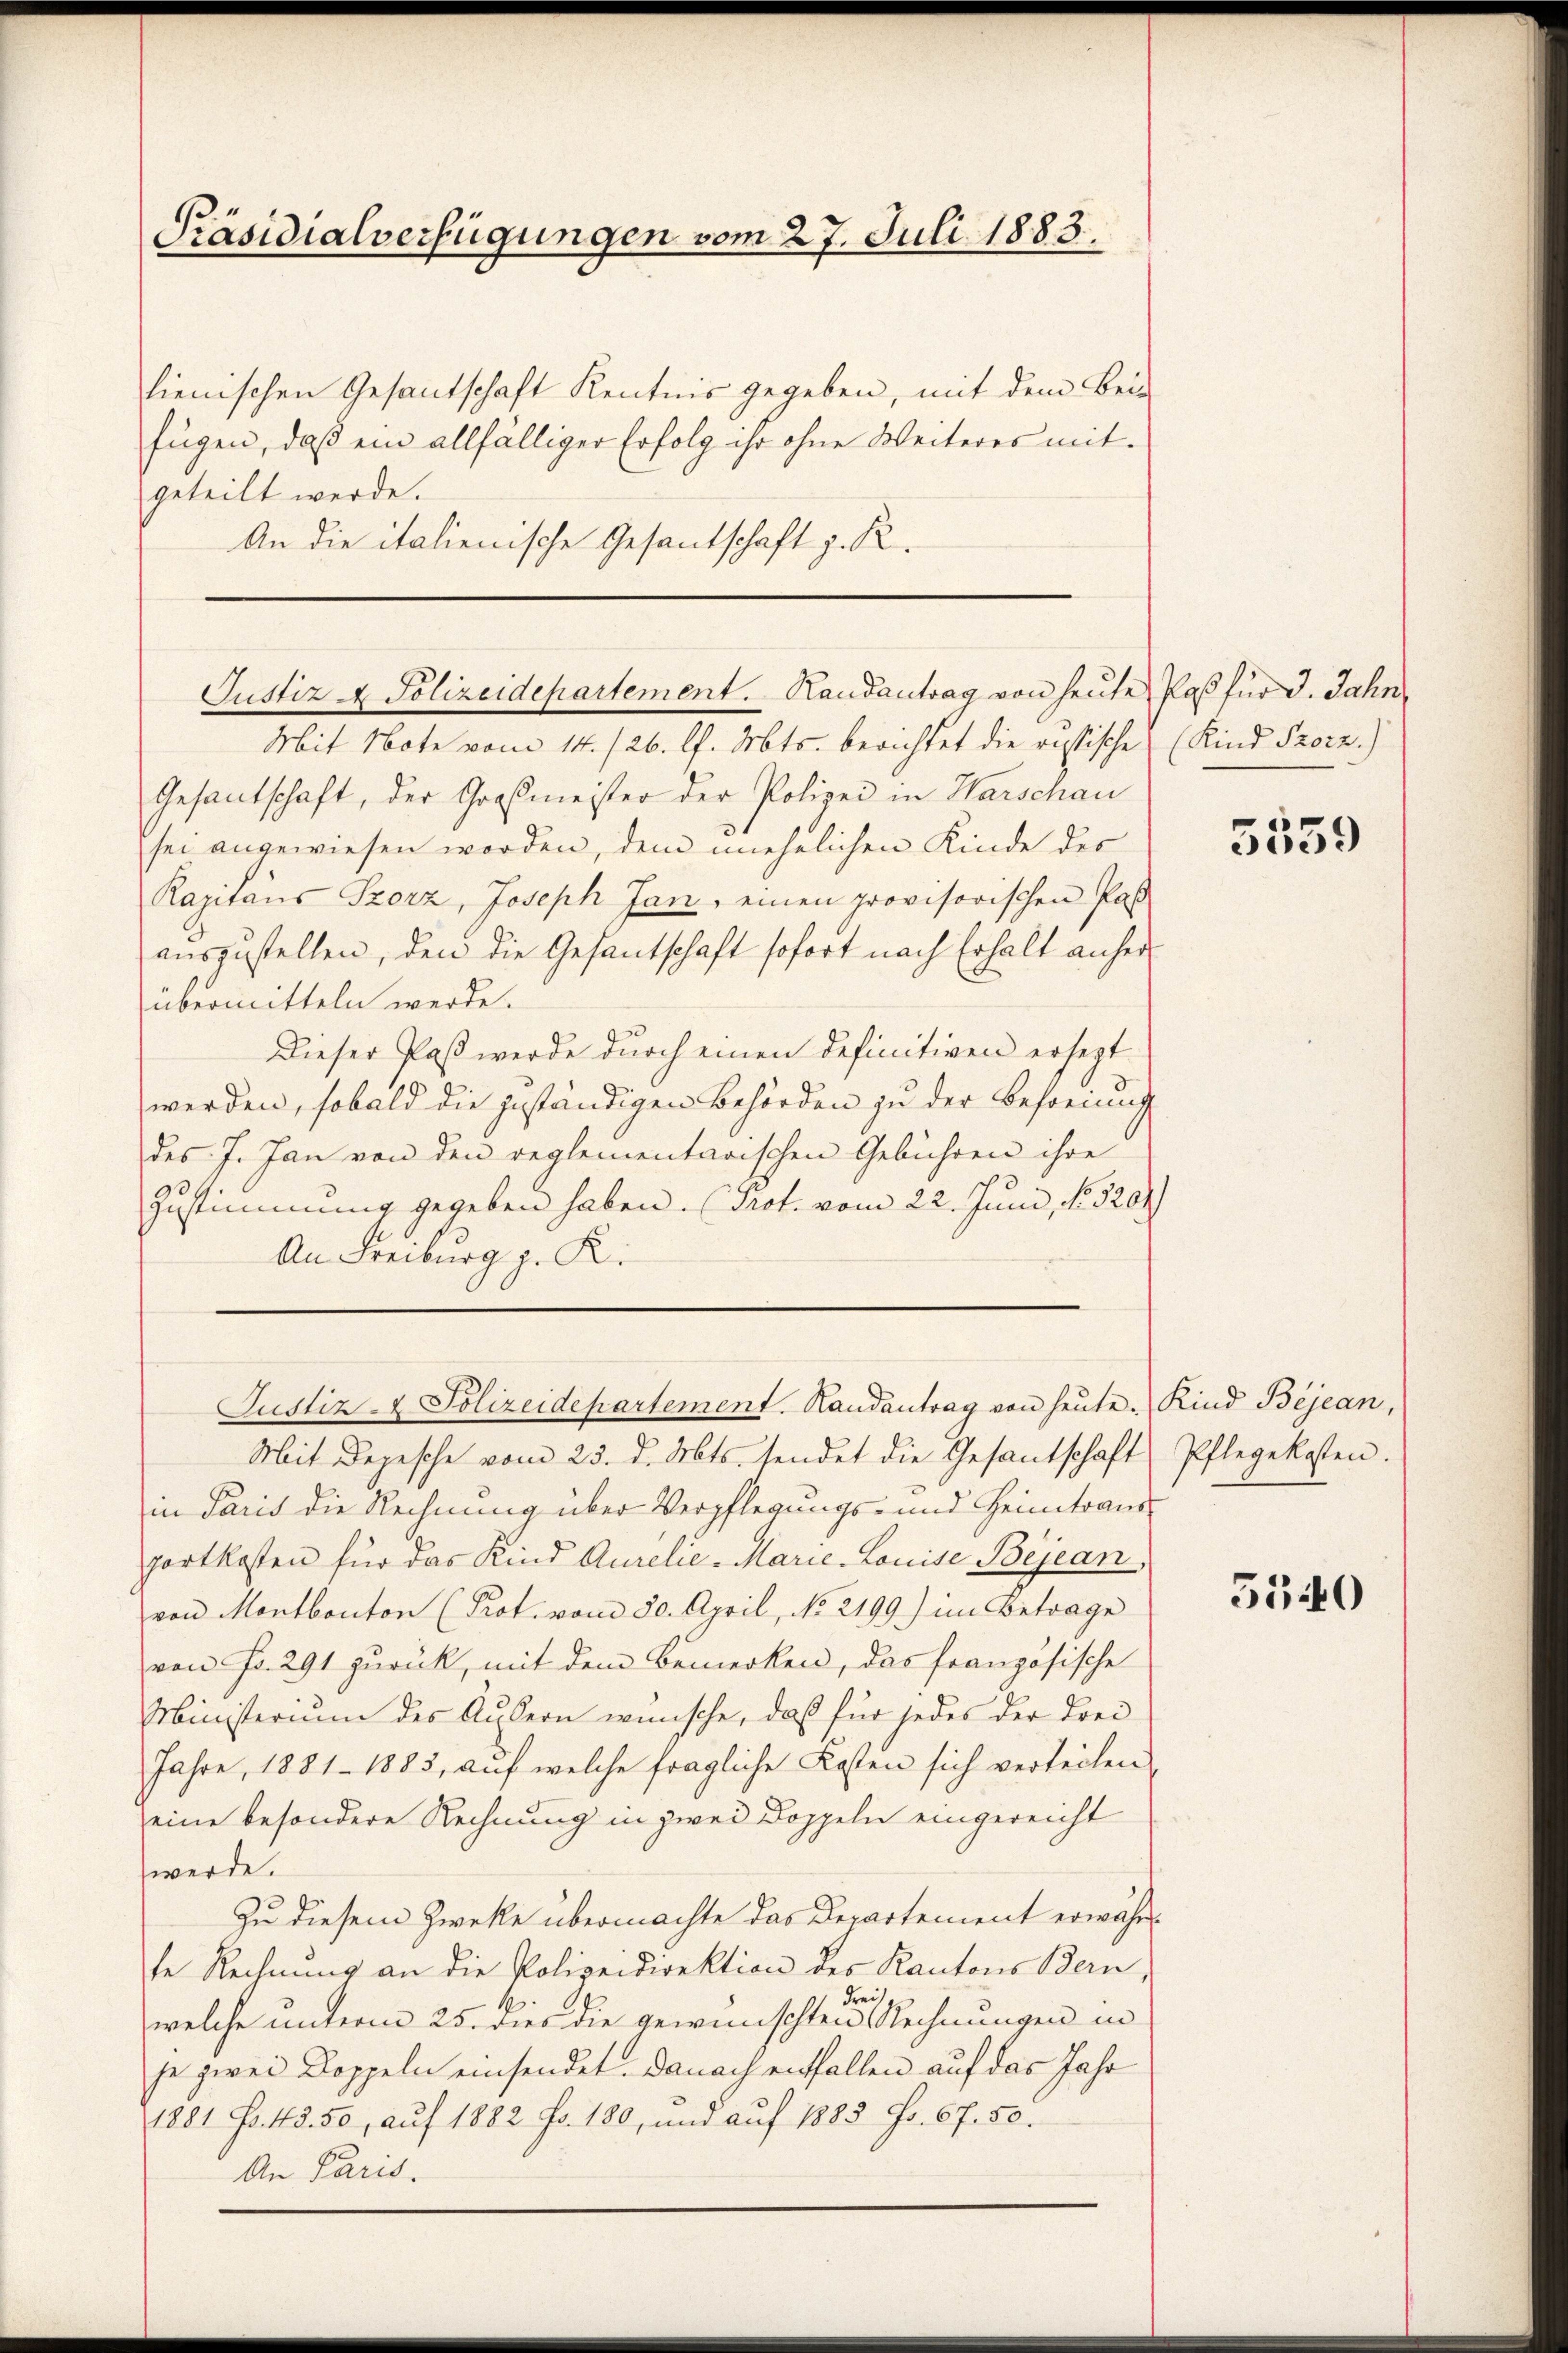
Präsidialverfügungen vom 27. Juli 1883.

lienischen Gesantschaft Kenntnis gegeben, mit dem Bei-
fügen, daß ein allfälliger Erfolg ihr ohne Weiteres mitgeteilt werde.
An die italienische Gesantschaft z. R.

Justiz- & Polizeidepartement. Randantrag von heute Paß für 3. Jahn,
Mit Note vom 14. /26. l. Mts. berichtet die restische (Kind Prorz.)

Gesantschaft, der Grasmeister der Polizei in Warschau
sei angewiesen worden, dem unehelichen Kinde des
Rapitaus Szorz, Joseph Jan, einen provisorischen Pas
auszustellen, den die Gesantschaft sofort nach Erhalt anherübermitteln werde.
Dieser Paßt werde durch einen definitiven ersezt
werden, sobald die zuständigen Behörden zu der Befreiung
des J. Jan von den reglementarischen Gebühren ihre
Zustimmung gegeben haben. Prof. vom 22. Juni, No 5202
An Freiburg z. K.

Mit Depesche vom 23. d. Mts. sendet die Gesantschaft Pflegekosten.
in Paris die Rechnung über Verpflegungs- und Geimtransportkosten für das Kind Aurelie-Marie-Louise Bejean,
von Montbonton (Prot. vom 30. April, No 2199) im Betrage
von Fr. 291 zurück, mit dem Bemerken, das französische
Ministerium des Äußern wünsche, daß für jedes der Frei¬
Jahre, 1881 - 1883, auf welche fragliche Kosten sich verteilen,
eine besondere Rechnung in zwei Doppeln eingereicht
werde.
Zu diesem Zwecke übermachte das Departement erwähnte Rechnung an die Polizeidirektion des Kantons Bern,
welche unterm 25. dies die gewünschten Rechnungen in
je zwei Doppeln einsendet. Danach entfallen auf das Jahr
1881 Fr. 43. 50, aŭf 1882 fr. 180, und aŭf 1883 Fr. 67. 50.
An Paris.

Justiz- & Polizeidepartement. Handantrag von heŭte Kind Bejean,

5559

5540